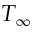
T _ { \infty }